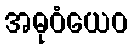
အဓုဝံယေဝ